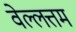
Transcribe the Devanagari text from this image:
वेल्लत्तम